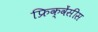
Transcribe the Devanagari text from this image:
फ्रिक्वेंसीस